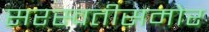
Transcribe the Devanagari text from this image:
सरस्वतीसमोर